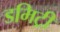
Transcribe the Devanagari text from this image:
डमिट्री